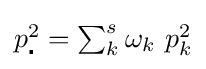
{\textstyle p_{\centerdot }^{2}=\sum _{k}^{s}\omega _{k}\ p_{k}^{2}}